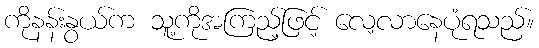
ကိုနန်းနွယ်က သူ့ကိုအကြည့်ဖြင့် လေ့လာနေပုံရသည်။